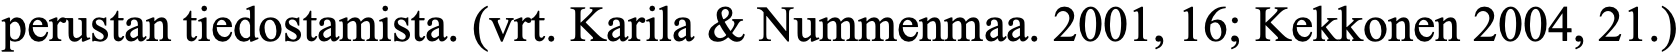
perustan tiedostamista. (vrt. Karila & Nummenmaa. 2001, 16; Kekkonen 2004, 21.)